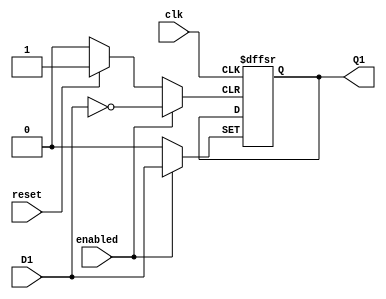
module FFD1 (input wire D1, enabled, clk, reset, output reg Q1);
always @(posedge clk or posedge enabled or posedge reset) begin

  if (reset)
    Q1<=0;
  else if (enabled)
    Q1<=D1;
  end
endmodule

module FFD2 (input wire [1:0]D2, input wire enabled, clk, reset, output wire [1:0]Q2);

FFD1 M1 (D2[0], enabled, clk, reset, Q2[0]);
FFD1 M2 (D2[1], enabled, clk, reset, Q2[1]);

endmodule

module FFD3 (input wire [3:0]D3, input wire enabled, clk, reset, output wire [3:0]Q3);

FFD1 M3 (D3[0], enabled, clk, reset, Q3[0]);
FFD1 M4 (D3[1], enabled, clk, reset, Q3[1]);
FFD1 M5 (D3[2], enabled, clk, reset, Q3[2]);
FFD1 M6 (D3[3], enabled, clk, reset, Q3[3]);

endmodule